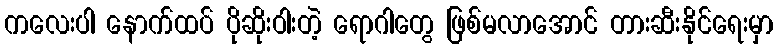
ကလေးပါ နောက်ထပ် ပိုဆိုးဝါးတဲ့ ရောဂါတွေ ဖြစ်မလာအောင် တားဆီးနိုင်ရေးမှာ